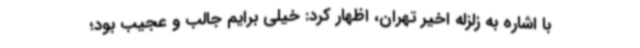
با اشاره به زلزله اخیر تهران، اظهار کرد: خیلی برایم جالب و عجیب بود؛